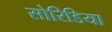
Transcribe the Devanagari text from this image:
सोरिडिया